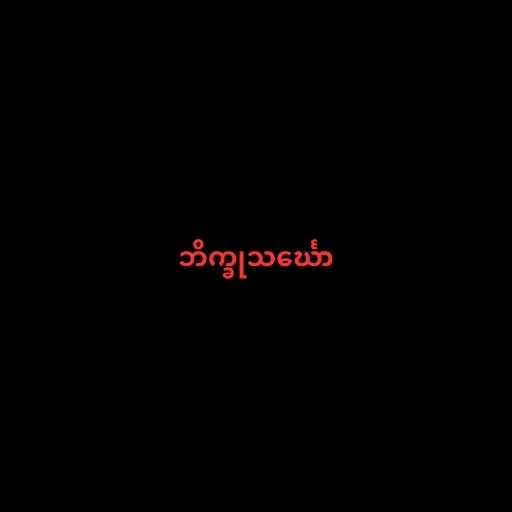
ဘိက္ခုသင်္ဃော